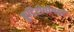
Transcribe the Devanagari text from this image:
कुटिरोद्योगही